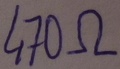
Text: 470Ω